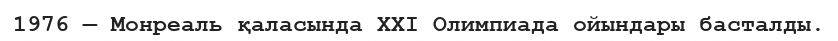
1976 — Монреаль қаласында XXI Олимпиада ойындары басталды.